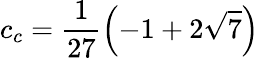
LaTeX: c_{c}=\frac{1}{27}{\left(-1+2\sqrt{7}\right)}